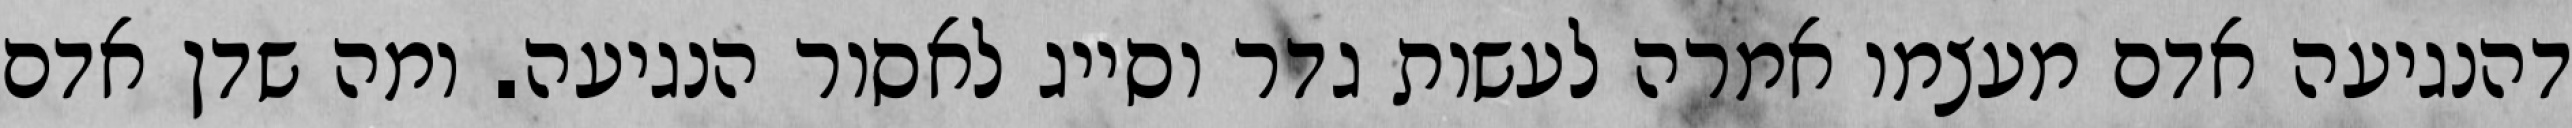
דהנגיעה אדם מעצמו אמרה לעשות גדר וסייג לאסור הנגיעה. ומה שדן אדם